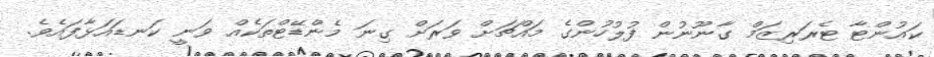
ކައުންޓާ ޓެރަރިޒަމް ގާނޫނުން ފުލުހުންގެ މައްޗަށް ވަރަށް ގިނަ މެންޑޭޓްތަކެއް ވަނީ ކަނޑައަޅާފައެވެ.